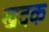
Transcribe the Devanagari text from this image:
खदक